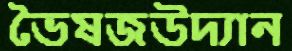
ভৈষজউদ্যান